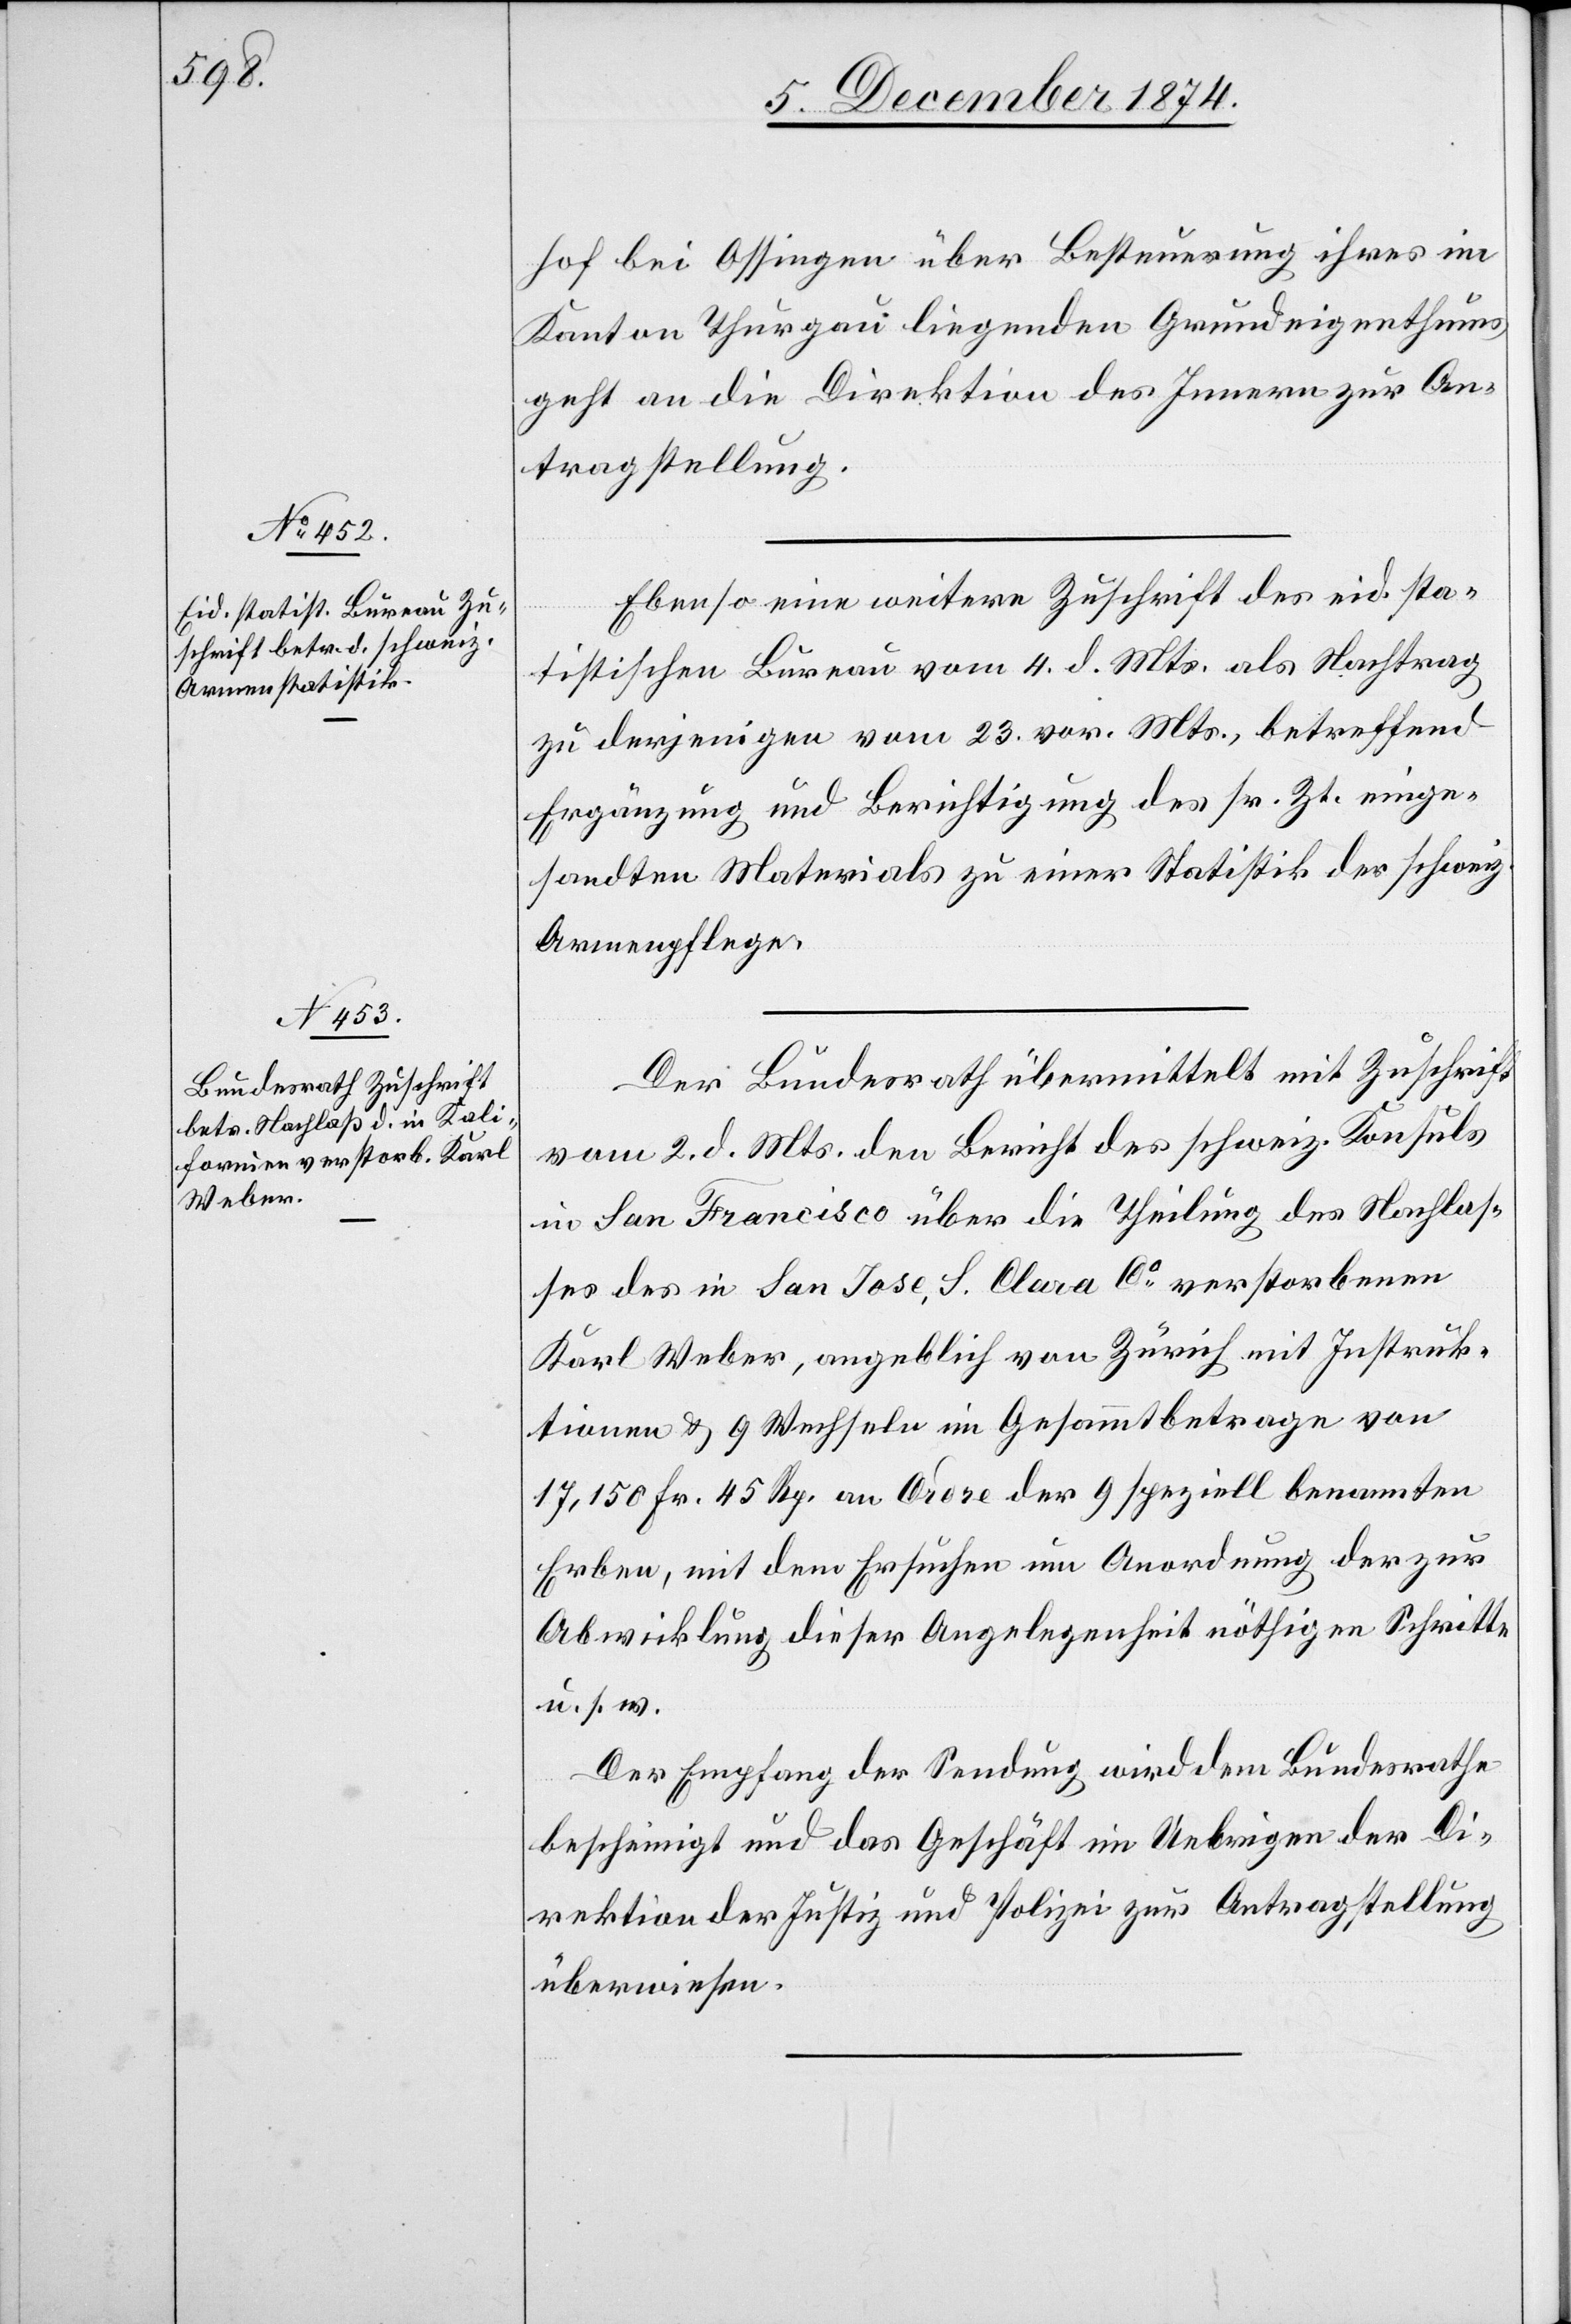
7. Dezember 1874.]
hof bei Ossingen über Besteuerung ihres im
Kanton Thurgau liegenden Grundeigenthums
geht an die Direktion des Innern zur An¬
tragstellung.
Ebenso eine weitere Zuschrift des eid. sta¬
tistischen Bureau vom 4. d. Mts. als Nachtrag
zu derjenigen vom 23. vor. Mts., betreffend
Ergänzung und Berichtigung des sr. Zt. einge¬
sandten Materials zu einer Statistik der schweiz.
Armenpflege.
Der Bundesrath übermittelt mit Zuschrift
vom 2. d. Mts. den Bericht des schweiz. Konsuls
in San Francisco über die Theilung des Nachlas¬
ses des in San Jose, S. Clara Co verstorbenen
Karl Weber, angeblich von Zürich mit Instruk¬
tionen & 9 Wechseln im Gesammtbetrage von
17,150 Fr. 45 Rp. an Ordre der 9 speziell benannten
Erben, mit dem Ersuchen um Anordnung der zur
Abwicklung dieser Angelegenheit nöthigen Schritte
u. s. w.
Der Empfang der Sendung wird dem Bundesrathe
bescheinigt und das Geschäft im Uebrigen der Di¬
rektion der Justiz und Polizei zur Antragstellung
überwiesen.